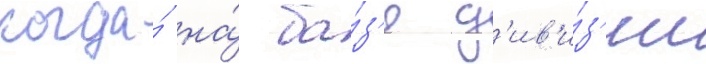
когда́ на́ ба́з'е д'ив'и́з'ии